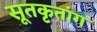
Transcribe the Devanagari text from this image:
सूतकृतांग